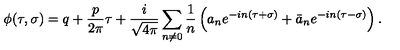
\phi ( \tau , \sigma ) = q + \frac { p } { 2 \pi } \tau + \frac { i } { \sqrt { 4 \pi } } \sum _ { n \neq 0 } \frac { 1 } { n } \left( { a _ { n } } e ^ { - i n ( \tau + \sigma ) } + { \bar { a } _ { n } } e ^ { - i n ( \tau - \sigma ) } \right) .